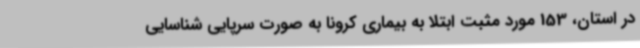
در استان، 153 مورد مثبت ابتلا به بیماری کرونا به صورت سرپایی شناسایی